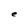
Character: e